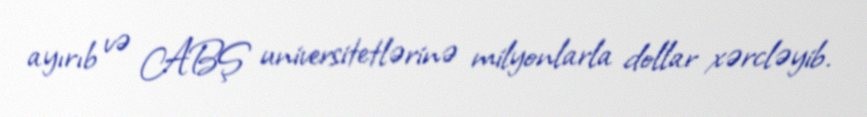
ayırıb və ABŞ universitetlərinə milyonlarla dollar xərcləyib.